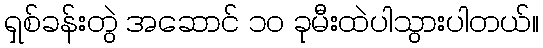
ရှစ်ခန်းတွဲ အဆောင် ၁၀ ခုမီးထဲပါသွားပါတယ်။